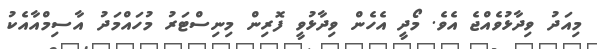
މިއަދު ވިދާޅުވެއްޖެ އެވެ. މޯދީ އެހެން ވިދާޅުވީ ފޮރިން މިނިސްޓަރު މުހައްމަދު އާސިމްއާއެކު